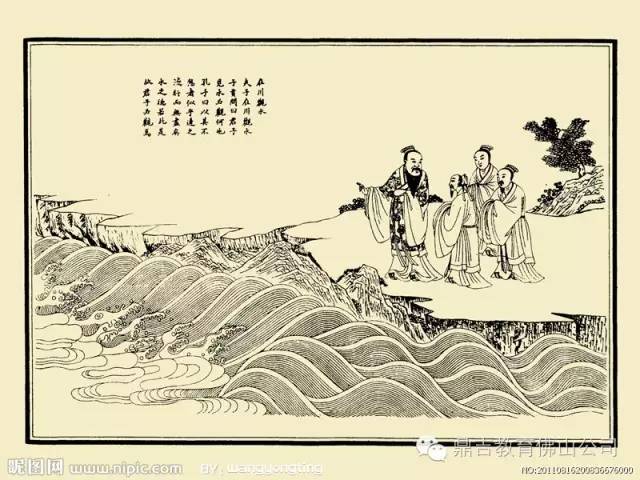
我非生而知之者，好古，敏以求之者也。